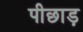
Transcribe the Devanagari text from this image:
पीछाड़